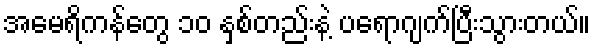
အမေရိကန်တွေ ၁၀ နှစ်တည်းနဲ့ ပရောဂျက်ပြီးသွားတယ်။